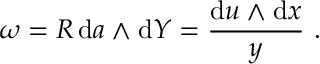
\omega = { R } \, \mathrm { d } a \wedge \mathrm { d } Y = \frac { \mathrm { d } u \wedge \mathrm { d } x } { y } \ .